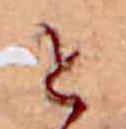
せ